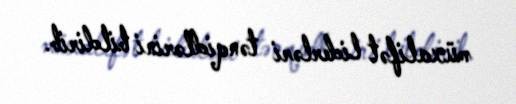
müxalifət liderləri tənqidlərini bildirib.